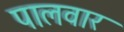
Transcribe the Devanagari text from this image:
पालवार